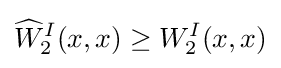
{\widehat {W}}_{2}^{I}(x,x)\geq W_{2}^{I}(x,x)